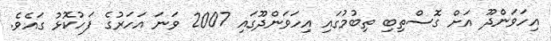
އިހަވަންދޫ އަށް ގޮސްތިބި ތިބުމުގައި އިހަވަންދޫގައި 2007 ވަނަ އަހަރުގެ ފަހުކޮޅު ގައެވެ.